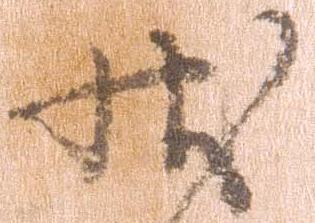
状